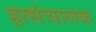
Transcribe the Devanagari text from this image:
हृत्संचालक